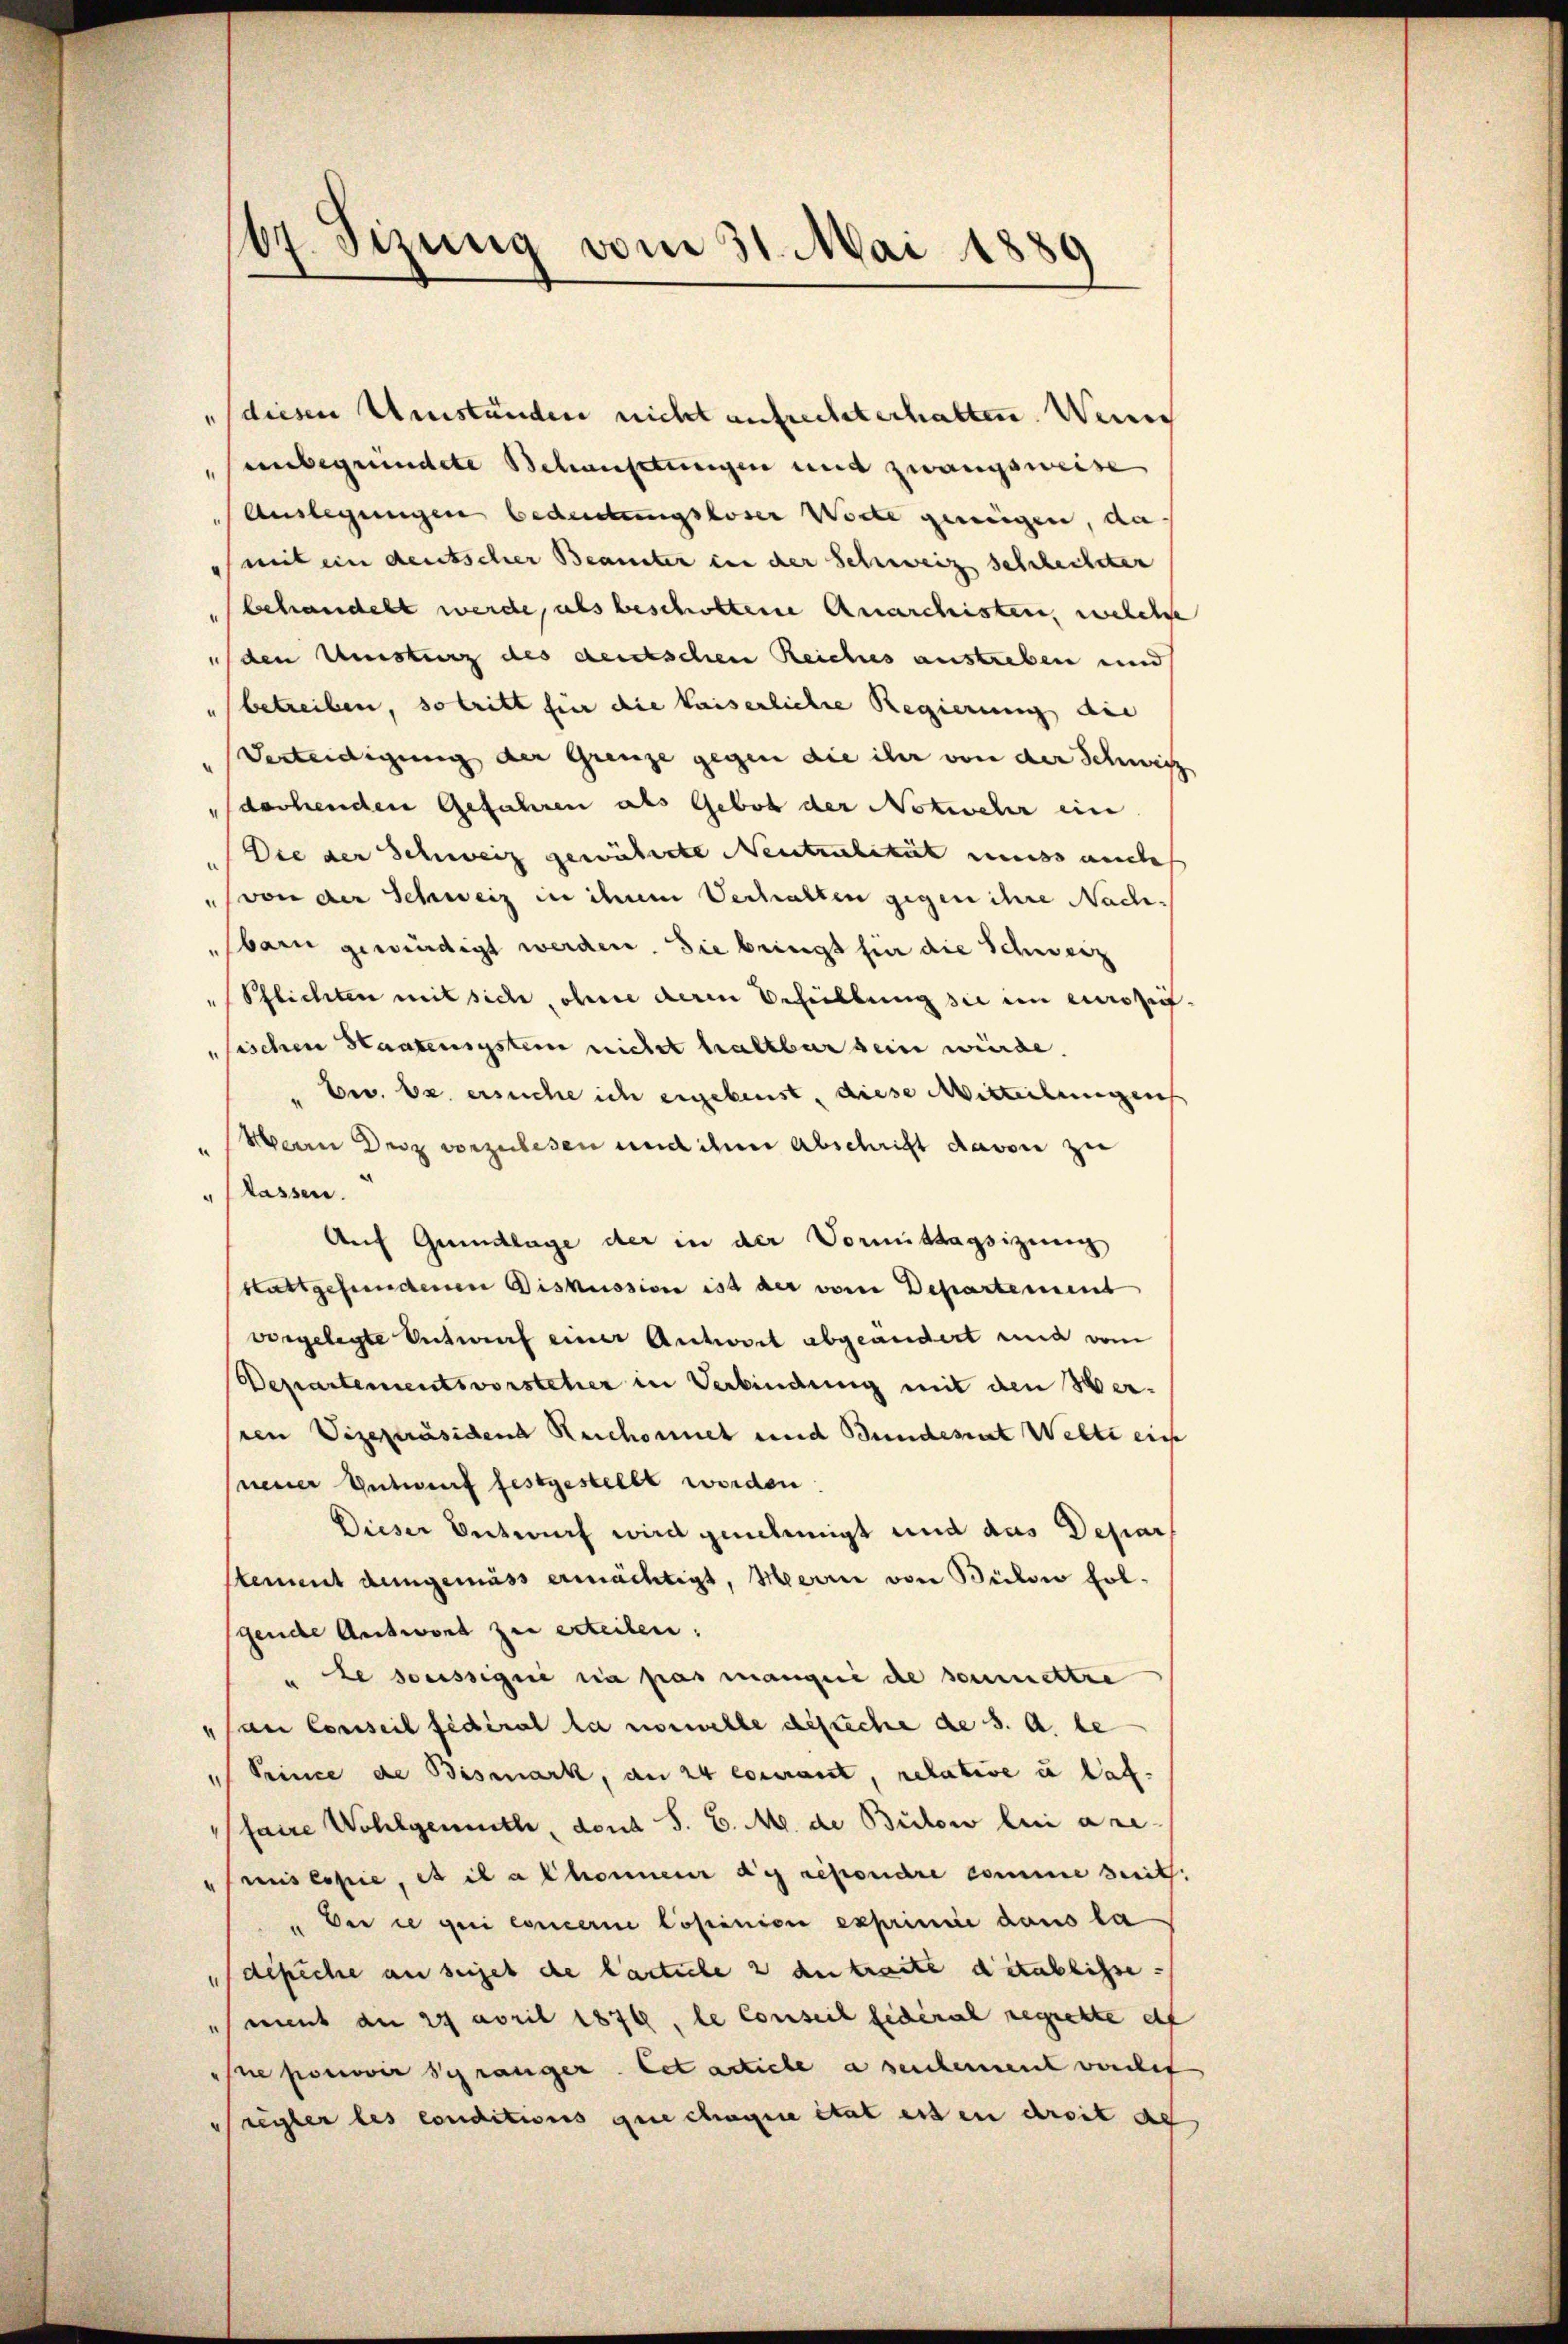
67. Sizung vom 31. Mai 1889

"diesen Umständen nicht aufrechterhalten. Wenig
senbegründete Schauptungen und zwangsweise
Auslegungen bedeutungsloser Worte genügen, da
(mit ein deutscher Beamter ein der Schweiz sehrheiteten
behandelt werde, als beschottene Anarchisten, welche
(den Umsturz des deutschen Reiches austreben und
(betreiben, so tritt für die kaiserliche Regierung die
Verteidigung der Grenze gegen die ihr von der Schweiz
derhenden Gefahren als Gebot der Notwehr ein
Die der Schweiz gewährte Neutralität muss ande
" von der Schweiz in ihnen Verhalten gegen ihre Nachbarn gewürdigt werden. Sie bringt für die Schweiz
Pflichten mit sich, ohne deren Behüllung sie im eurosufsischen Staatenigstein nicht haltbar sein würde.
Eer. Es ersuche ich ergebenst, diese Mitteilungen
Herrn Disz vorzulesen und ihm Abschrift davon zu
lassen.
Auf Grundlage der in der Vormittagsizung
stattgefundenen Diskussion ist der vom Departement
vorgelegte Entwurf einer Antwort abgeändert und vom
Departementsvorsteher in Verbindung mit den Verren Vizepräsidend Reichornet und Bundesrat Wette ein
neuer Entwurf festgestellt worden.
Dieser Entwurf wird genehmigt und das Depar
stement demgemäss ermächtigt, Meerin von Bülow folgende Antwort zu erteilen.
" de soussigné sia pas mangene die soumettre
an Conseil fédéral la normelle dische de s. a. be
" Reince de Bismark, an 24 courant, relative u las.
faire Wohlgemuth den S. C. M. de Bülow bei ane
mislose, et il a khonnen de répondre comme seit
" Der ce qui concerne Copinion exprimine dans la
depiche an seiget de lastiche 2 du treite detablisse
mint an 27 April 1879, le Conseil federal regiebte elf
sne pomovir schränger. Cet actiche a seicherent vorchet
Sügler les conditions que chaque état essen dreit de